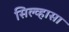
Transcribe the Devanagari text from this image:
सिल्व्हासा